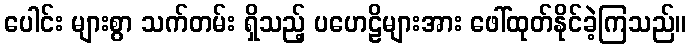
ပေါင်း များစွာ သက်တမ်း ရှိသည့် ပဟေဠိများအား ဖေါ်ထုတ်နိုင်ခဲ့ကြသည်။